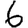
Digit: 6